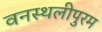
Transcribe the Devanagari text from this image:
वनस्थलीपुरम